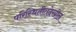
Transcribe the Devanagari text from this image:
परिस्थितीतदेखील